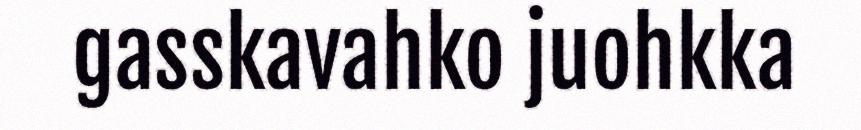
gasskavahko juohkka